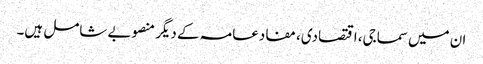
ان میں سماجی، اقتصادی، مفادعامہ کے دیگر منصوبے شامل ہیں۔